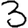
Digit: 3